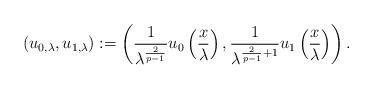
LaTeX: \begin{align*} (u_{0,\lambda}, u_{1,\lambda}) := \left(\frac{1}{\lambda^{\frac{2}{p-1}}} u_0 \left(\frac{x}{\lambda}\right),\frac{1}{\lambda^{ \frac{2}{p-1}+ 1}} u_1 \left(\frac{x}{\lambda}\right)\right).\end{align*}